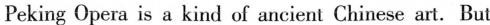
Peking Opera is a kind of ancient Chinese art. But